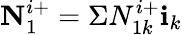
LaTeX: \textbf{N}_{1}^{i+}=\Sigma N_{1k}^{i+}\textbf{i}_{k}